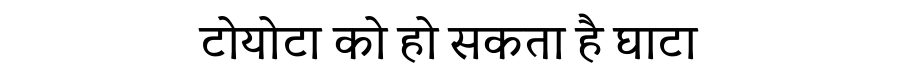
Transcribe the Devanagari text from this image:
टोयोटा को हो सकता है घाटा